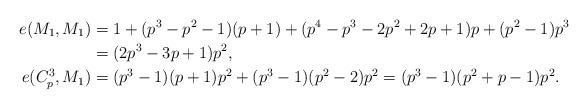
LaTeX: \begin{align*}e(M_{1},M_{1})&=1+(p^{3}-p^{2}-1)(p+1)+(p^{4}-p^{3}-2p^{2}+2p+1)p+(p^{2}-1)p^{3}\\&=(2p^{3}-3p+1)p^{2},\\e(C_{p}^{3},M_{1})&=(p^{3}-1)(p+1)p^{2}+(p^{3}-1)(p^{2}-2)p^{2}=(p^{3}-1)(p^{2}+p-1)p^{2}.\end{align*}